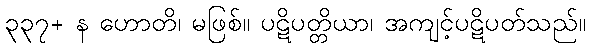
၃၃၇+ န ဟောတိ၊ မဖြစ်။ ပဋိပတ္တိယာ၊ အကျင့်ပဋိပတ်သည်။